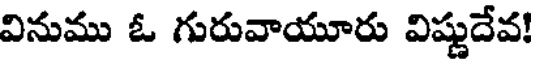
వినుము ఓ గురువాయూరు విష్ణుదేవ!